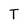
Character: T